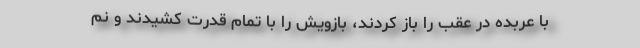
با عربده درِ عقب را باز کردند، بازویش را با تمام قدرت کشیدند و نم